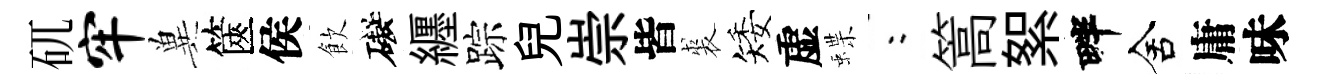
矹牢兾篋侯飲礙纒踪兒崇皆裘矮虚蝶欸篙絮畔舍庸味